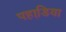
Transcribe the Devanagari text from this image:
पहाडि़या